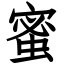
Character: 蜜